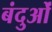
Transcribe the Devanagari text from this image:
बंदुओं